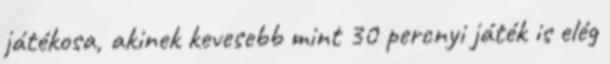
játékosa, akinek kevesebb mint 30 percnyi játék is elég